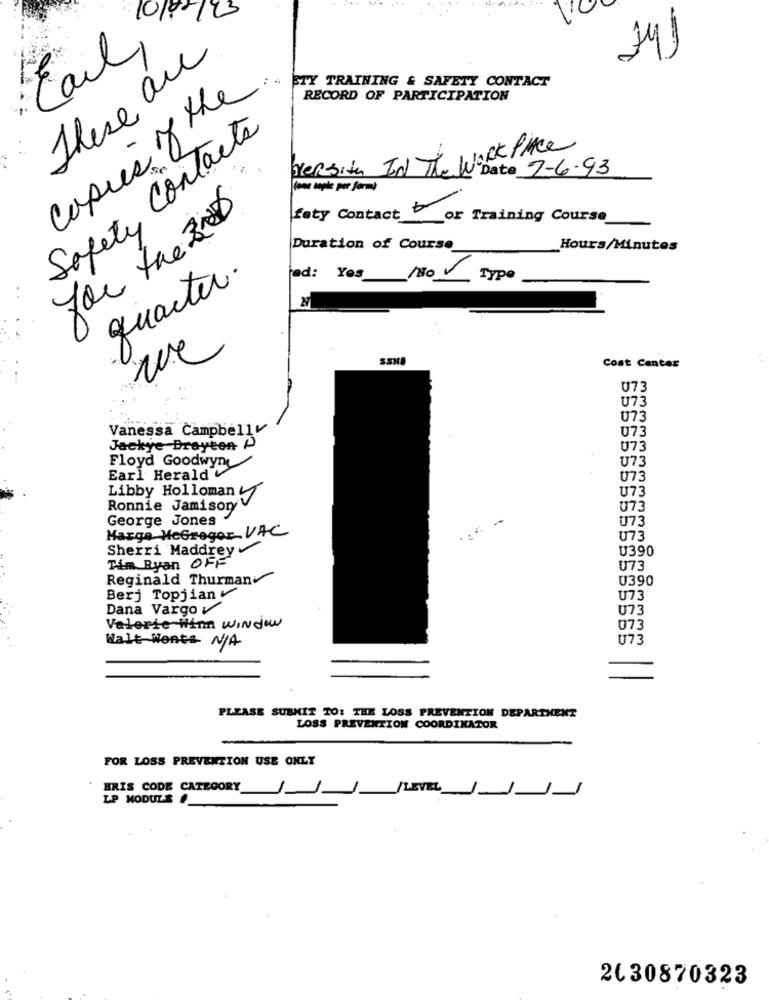
23
241
Earl
These are
copies of the
STY TRAINING & SAFETY CONTACT
RECORD OF PARTICIPATION
Safety Contacts
Work Place
versite IN The W Date 7-6-93
Come copie per form)
for the 2006
fety Contact b
or Training Course
Duration of Course
Hours/Minutes
quarter.
ed: Yes /No
Type
N
Cost Canter
073
U73
U73
Vanessa Campbellv
073
Jackye Drayton P
U73
Floyd Goodwyny
U73
Earl Herald
073
Libby Holloman
U73
Ronnie Jamison
073
George Jones
U73
Marge HeGregor VAC
U73
Sherri Maddrey
U390
Tim Ryan OFF
U73
Reginald Thurmanv
U390
Berj Topjianv
U73
Dana Vargo
U73
Valerie Hinn window
073
U73
Walt Wonts N/A
PLEASE SUBMIT TO: THE LOSS PREVENTION DEPARTMENT
LOSS PREVENTION COORDINATOR
FOR LOSS PREVENTION USE ONLY
BRIS CODE CATEGORY
LP MODULE #
J/LEVEL /
2030870323